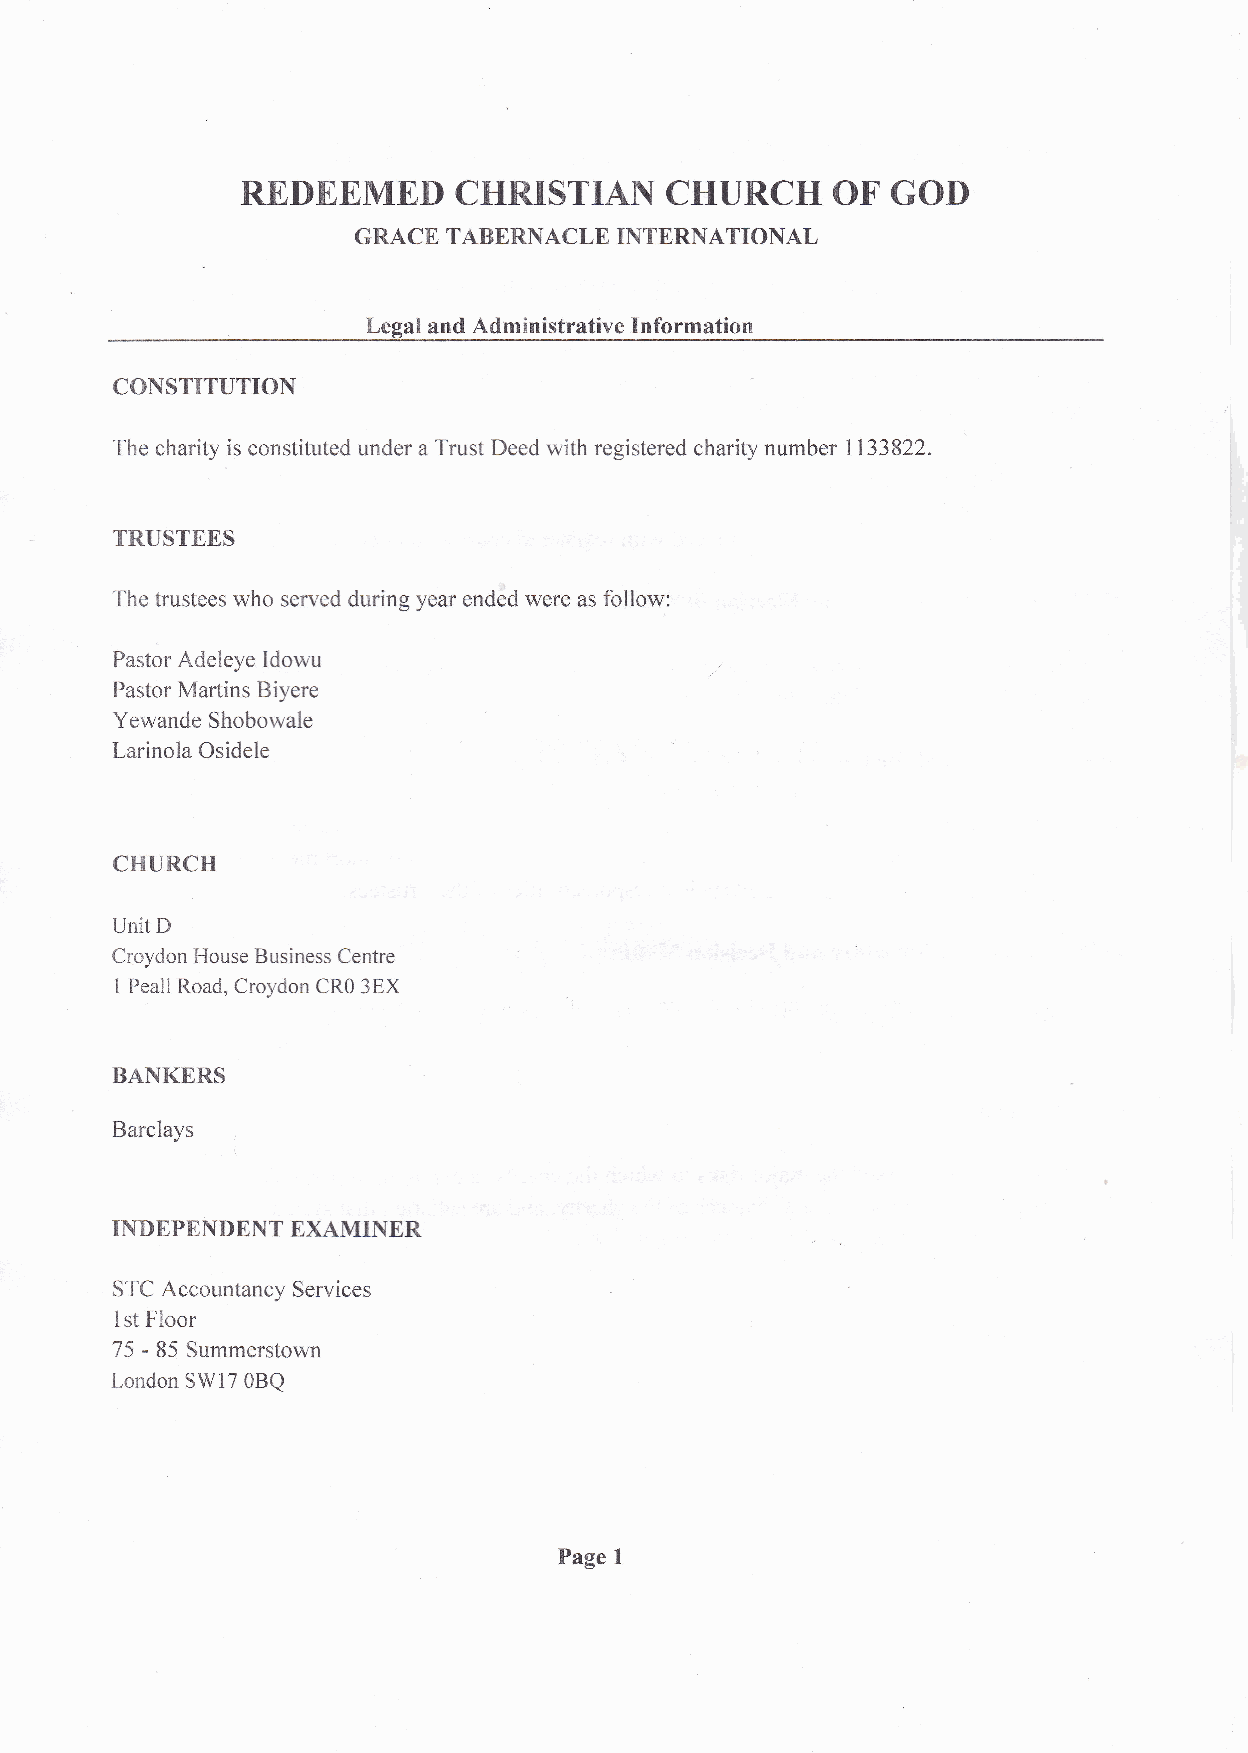
REDEEMED      CHRISTIAN     CHURCH     OF  GOI)
 GRACE TABERNACLE II\TERIIATIONAL
 Legal and Administrative Information
 CONSTITUTION
 The charity is constituted under a Trust Deed with registered charity number L133822.
 TRUSTEES
 The trustees who served during year ended were as follow:
 Pastor Adeleye Idowu
 Pastor Martins Biyere
 Yewande Shobowale
 Larinola Osidele
 CHURCH
 Ijnit D
 Croydon House Business Centre
 1 Peall Road, Croydon CRO 3EX
 BANKERS
 Barclays
 i
 INDEPENDENT EXAMINER
 STC Accountancy Services
 1st Floor
 75 - 85 Summerstown
 London SW17 OBQ
 I
 Page